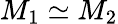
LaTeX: M_{1}\simeq M_{2}